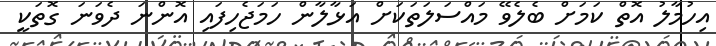
އިހުމާލު އޮތް ކަމަށް ބެލެވޭ މައްސަލަތަކަށް އަޅާލާން ހަމަޖެހިފައި އޮންނަ ދެވަނަ ގޮތަކީ